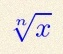
\sqrt[n]{x}